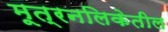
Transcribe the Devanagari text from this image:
मूत्रनलिकेतील